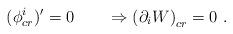
LaTeX: \begin{align*} (\phi_{cr}^i)' = 0 \qquad \Rightarrow \left( \partial_i W \right) _{cr}=0\ .\end{align*}